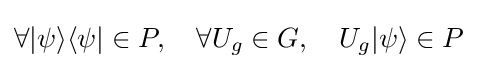
\forall |\psi \rangle \langle \psi |\in P,\quad \forall U_{g}\in G,\quad U_{g}|\psi \rangle \in P